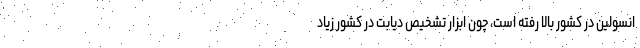
انسولین در کشور بالا رفته است، چون ابزار تشخیص دیابت در کشور زیاد